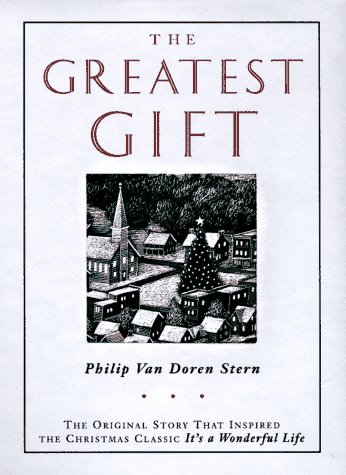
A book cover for The Greatest Gift: The Original Story That Inspired the Christmas Classic It's a Wonderful Life; Philip Van Doren Stern; Politics & Social Sciences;